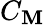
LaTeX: C_{\mathbf{M}}